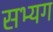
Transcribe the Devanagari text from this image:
सभ्यग